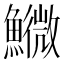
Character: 𩼌